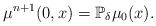
LaTeX: \begin{align*}\mu^{n+1}(0,x)=\mathbb{P}_{\delta}\mu_{0}(x).\end{align*}